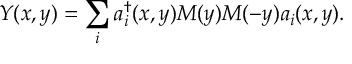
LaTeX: Y ( x , y ) = \sum _ { i } a _ { i } ^ { \dagger } ( x , y ) M ( y ) M ( - y ) a _ { i } ( x , y ) .